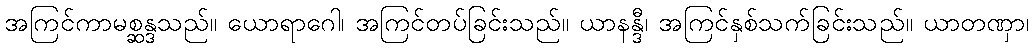
အကြင်ကာမစ္ဆန္ဒသည်။ ယောရာဂေါ၊ အကြင်တပ်ခြင်းသည်။ ယာနန္ဒီ၊ အကြင်နှစ်သက်ခြင်းသည်။ ယာတဏှာ၊